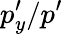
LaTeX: p_{y}^{\prime}/{p^{\prime}}